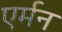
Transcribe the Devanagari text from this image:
एर्मन